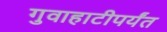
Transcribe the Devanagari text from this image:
गुवाहाटीपर्यंत